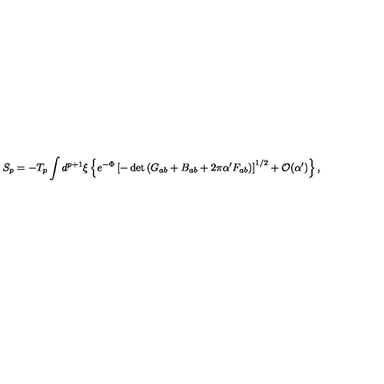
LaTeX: S _ { p } = - T _ { p } \int d ^ { p + 1 } \xi \left\{ e ^ { - \Phi } \left[ - \det \left( G _ { a b } + B _ { a b } + 2 \pi \alpha ^ { \prime } F _ { a b } \right) \right] ^ { 1 / 2 } + { \cal O } ( \alpha ^ { \prime } ) \right\} ,